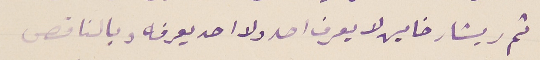
ثم ريشار خاين لا يعرف احد ولا احد يعرفه وبالناقص